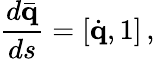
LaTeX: \frac{d\bar{\mathbf q}}{ds}=\left[\dot{\mathbf q},1\right]\, ,